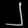
Digit: ၂